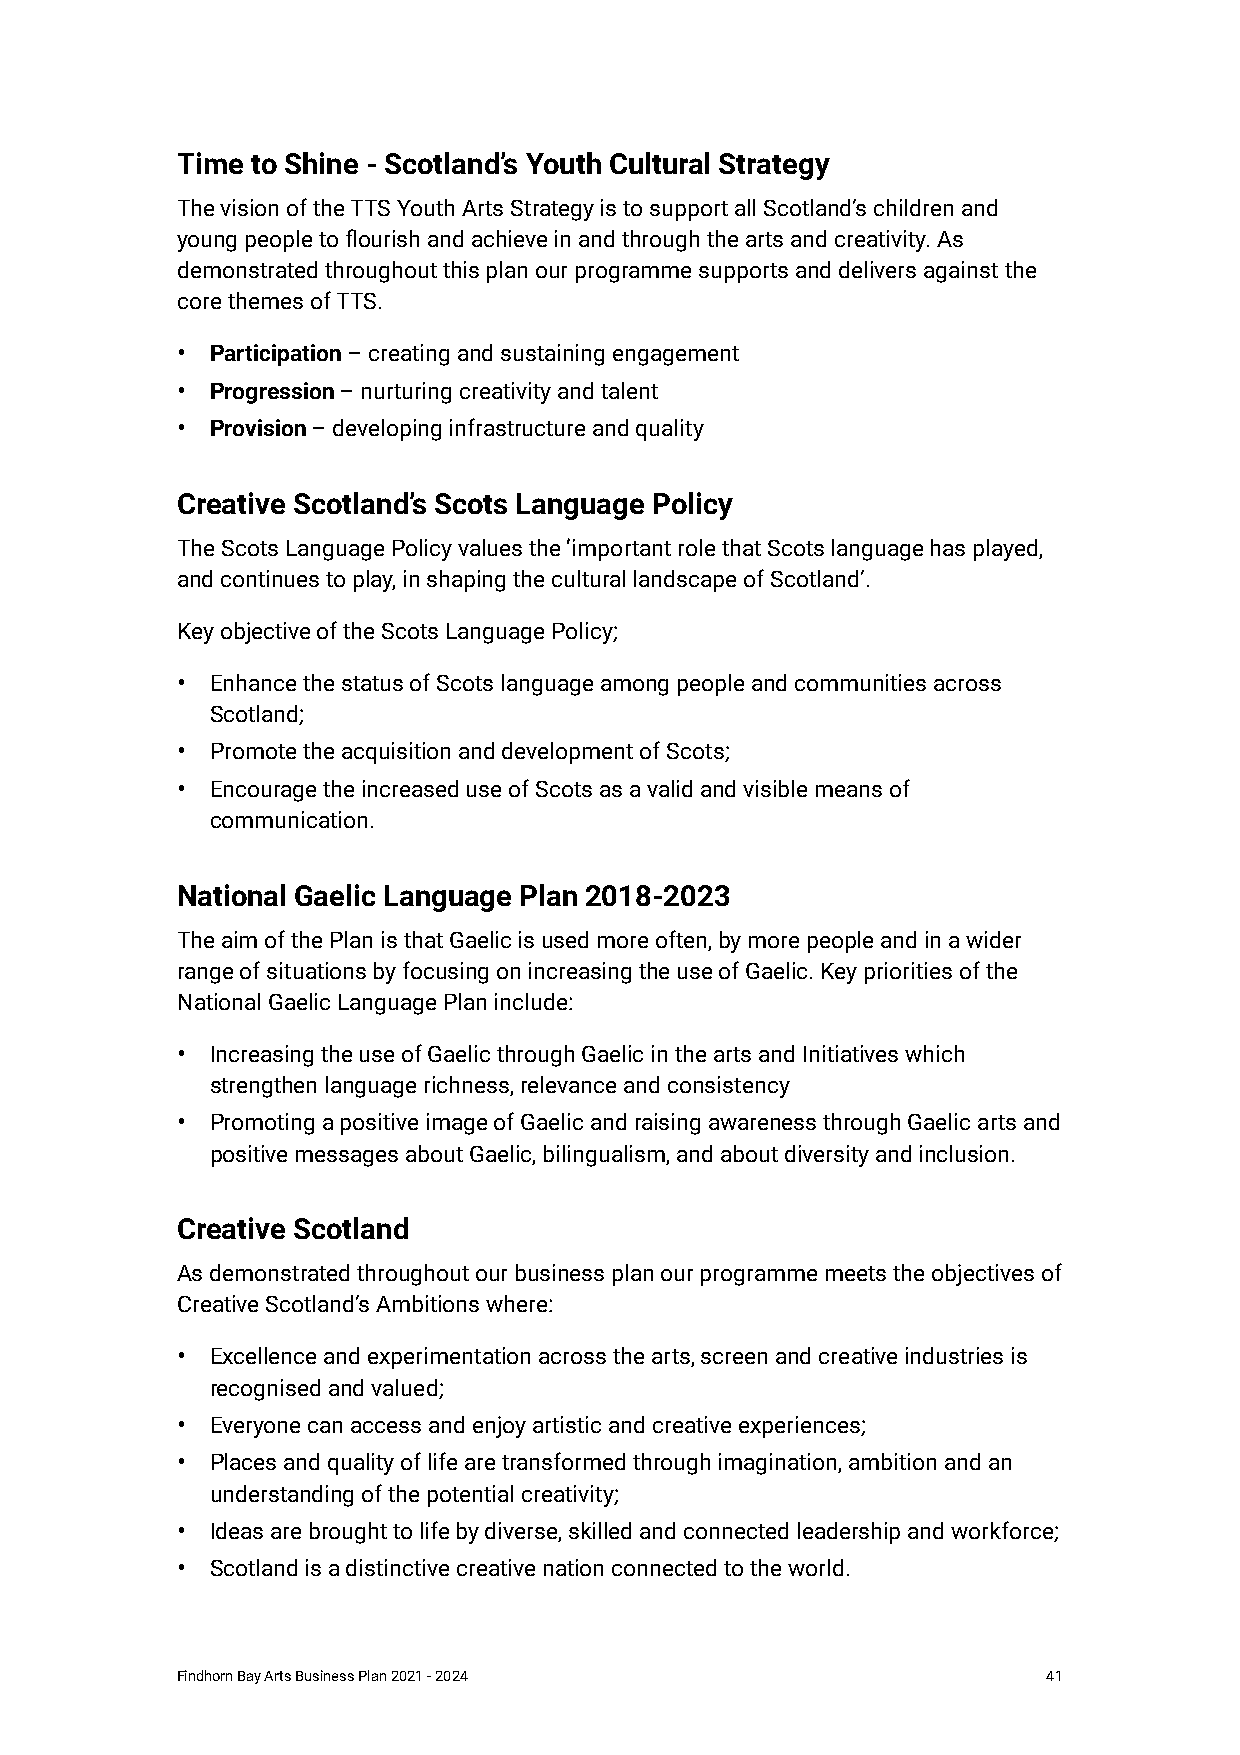
Time to Shine - Scotland’s Youth Cultural Strategy
 The vision of the TTS Youth Arts Strategy is to support all Scotland’s children and
 young people to flourish and achieve in and through the arts and creativity. As
 demonstrated throughout this plan our programme supports and delivers against the
 core themes of TTS.
 • Participation – creating and sustaining engagement
 • Progression – nurturing creativity and talent
 • Provision – developing infrastructure and quality
 Creative Scotland’s Scots Language Policy
 The Scots Language Policy values the ‘important role that Scots language has played,
 and continues to play, in shaping the cultural landscape of Scotland’.
 Key objective of the Scots Language Policy;
 • Enhance the status of Scots language among people and communities across
 Scotland;
 • Promote the acquisition and development of Scots;
 • Encourage the increased use of Scots as a valid and visible means of
 communication.
 National Gaelic Language Plan 2018-2023
 The aim of the Plan is that Gaelic is used more often, by more people and in a wider
 range of situations by focusing on increasing the use of Gaelic. Key priorities of the
 National Gaelic Language Plan include:
 • Increasing the use of Gaelic through Gaelic in the arts and Initiatives which
 strengthen language richness, relevance and consistency
 • Promoting a positive image of Gaelic and raising awareness through Gaelic arts and
 positive messages about Gaelic, bilingualism, and about diversity and inclusion.
 Creative Scotland
 As demonstrated throughout our business plan our programme meets the objectives of
 Creative Scotland’s Ambitions where:
 • Excellence and experimentation across the arts, screen and creative industries is
 recognised and valued;
 • Everyone can access and enjoy artistic and creative experiences;
 • Places and quality of life are transformed through imagination, ambition and an
 understanding of the potential creativity;
 • Ideas are brought to life by diverse, skilled and connected leadership and workforce;
 • Scotland is a distinctive creative nation connected to the world.
 Findhorn Bay Arts Business Plan 2021 - 2024              41